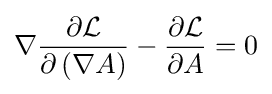
\nabla {\frac {\partial {\mathcal {L}}}{\partial \left(\nabla A\right)}}-{\frac {\partial {\mathcal {L}}}{\partial A}}=0